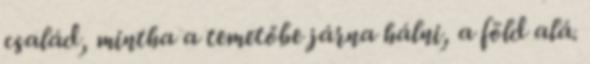
család, mintha a temetőbe járna hálni, a föld alá.